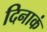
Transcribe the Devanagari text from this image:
दिनाकं